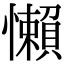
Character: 懶